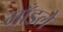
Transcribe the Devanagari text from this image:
माँडले